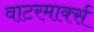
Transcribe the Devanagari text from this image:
वाटरमार्क्स